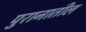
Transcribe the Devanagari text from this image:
पुरानातील